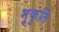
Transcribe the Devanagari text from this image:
मुकुर्ति